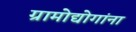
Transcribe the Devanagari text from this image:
ग्रामोद्योगांना